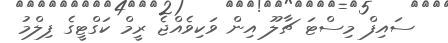
ސައިފް މިސްޓަ ޗާލޫ އިން ވަކިވެއްޖެ ރީމް ކަގްޓީގެ ފިލްމު